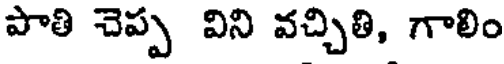
పాతి చెప్ప విని వచ్చితి, గాలిం